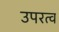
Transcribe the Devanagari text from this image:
उपरत्व